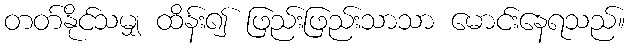
တတ်နိုင်သမျှ ထိန်း၍ ဖြည်းဖြည်းသာသာ မောင်းနေရသည်။